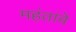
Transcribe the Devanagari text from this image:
महंतांचे